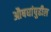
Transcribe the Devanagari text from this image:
औषधांपुढील